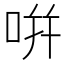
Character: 𭇴